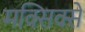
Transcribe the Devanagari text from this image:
मक्सिक्से